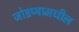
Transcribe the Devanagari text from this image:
जोडप्यामधील